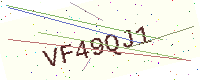
Text: VF49QJ1